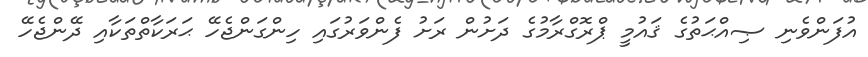
އުފަންވެނި ޞިއްޙަތުގެ ޤައުމީ ޕްރޮގްރާމުގެ ދަށުން ރަށު ފެންވަރުގައި ހިންގަންޖެހޭ ޙަރަކާތްތަކާއި ދޭންޖެހޭ